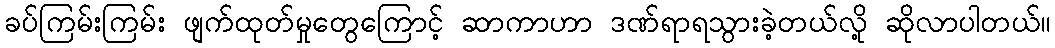
ခပ်ကြမ်းကြမ်း ဖျက်ထုတ်မှုတွေကြောင့် ဆာကာဟာ ဒဏ်ရာရသွားခဲ့တယ်လို့ ဆိုလာပါတယ်။